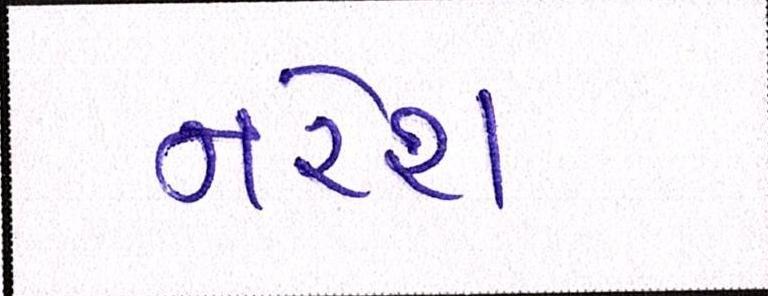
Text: નરેશ